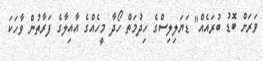
ވަރަށް ބޮޑު ބުރައެއް" ޑަޔަލިލިސްގެ ހިދުމަތް ހޯދާ މީހެއްގެ އާއިލާގެ ފަރާތުން ވާހަކަ